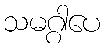
သမဂ္ဂါပေ